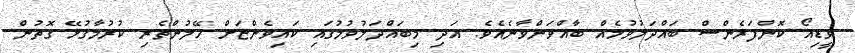
ވީޑިއޯ ކޮންފަރެންސް ބައްދަލުވުމެއް ބާއްވަންވާނެއެވެ. އަދި މިބައްދަލުވުމުގައި ކައިވެންޏަށް ހޭލުންތެރި ކުރުމާގުޅޭ ގޮތުން